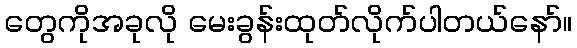
တွေကိုအခုလို မေးခွန်းထုတ်လိုက်ပါတယ်နော်။